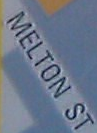
MELTON ST